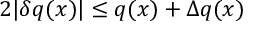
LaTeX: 2 | \delta q ( x ) | \leq q ( x ) + \Delta q ( x )